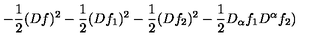
- \frac { 1 } { 2 } ( D f ) ^ { 2 } - \frac { 1 } { 2 } ( D f _ { 1 } ) ^ { 2 } - \frac { 1 } { 2 } ( D f _ { 2 } ) ^ { 2 } - \frac { 1 } { 2 } D _ { \alpha } f _ { 1 } D ^ { \alpha } f _ { 2 } )